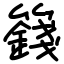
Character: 籛